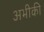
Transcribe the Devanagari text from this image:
अभीकी